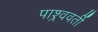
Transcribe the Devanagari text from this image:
पाश्र्ववर्ती